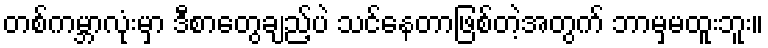
တစ်ကမ္ဘာလုံးမှာ ဒီစာတွေချည့်ပဲ သင်နေတာဖြစ်တဲ့အတွက် ဘာမှမထူးဘူး။